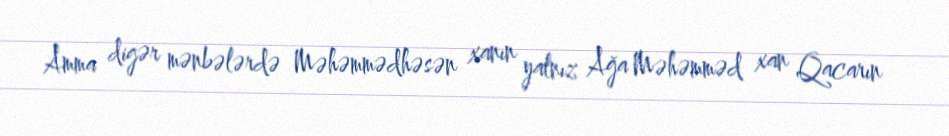
Amma digər mənbələrdə Məhəmmədhəsən xanın yalnız Ağa Məhəmməd xan Qacarın